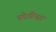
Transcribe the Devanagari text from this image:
थ़ोरगिल्सन